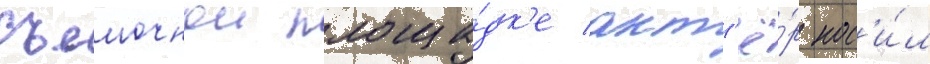
съемочнои площа́дк'е акт'ё́р нос'и́л